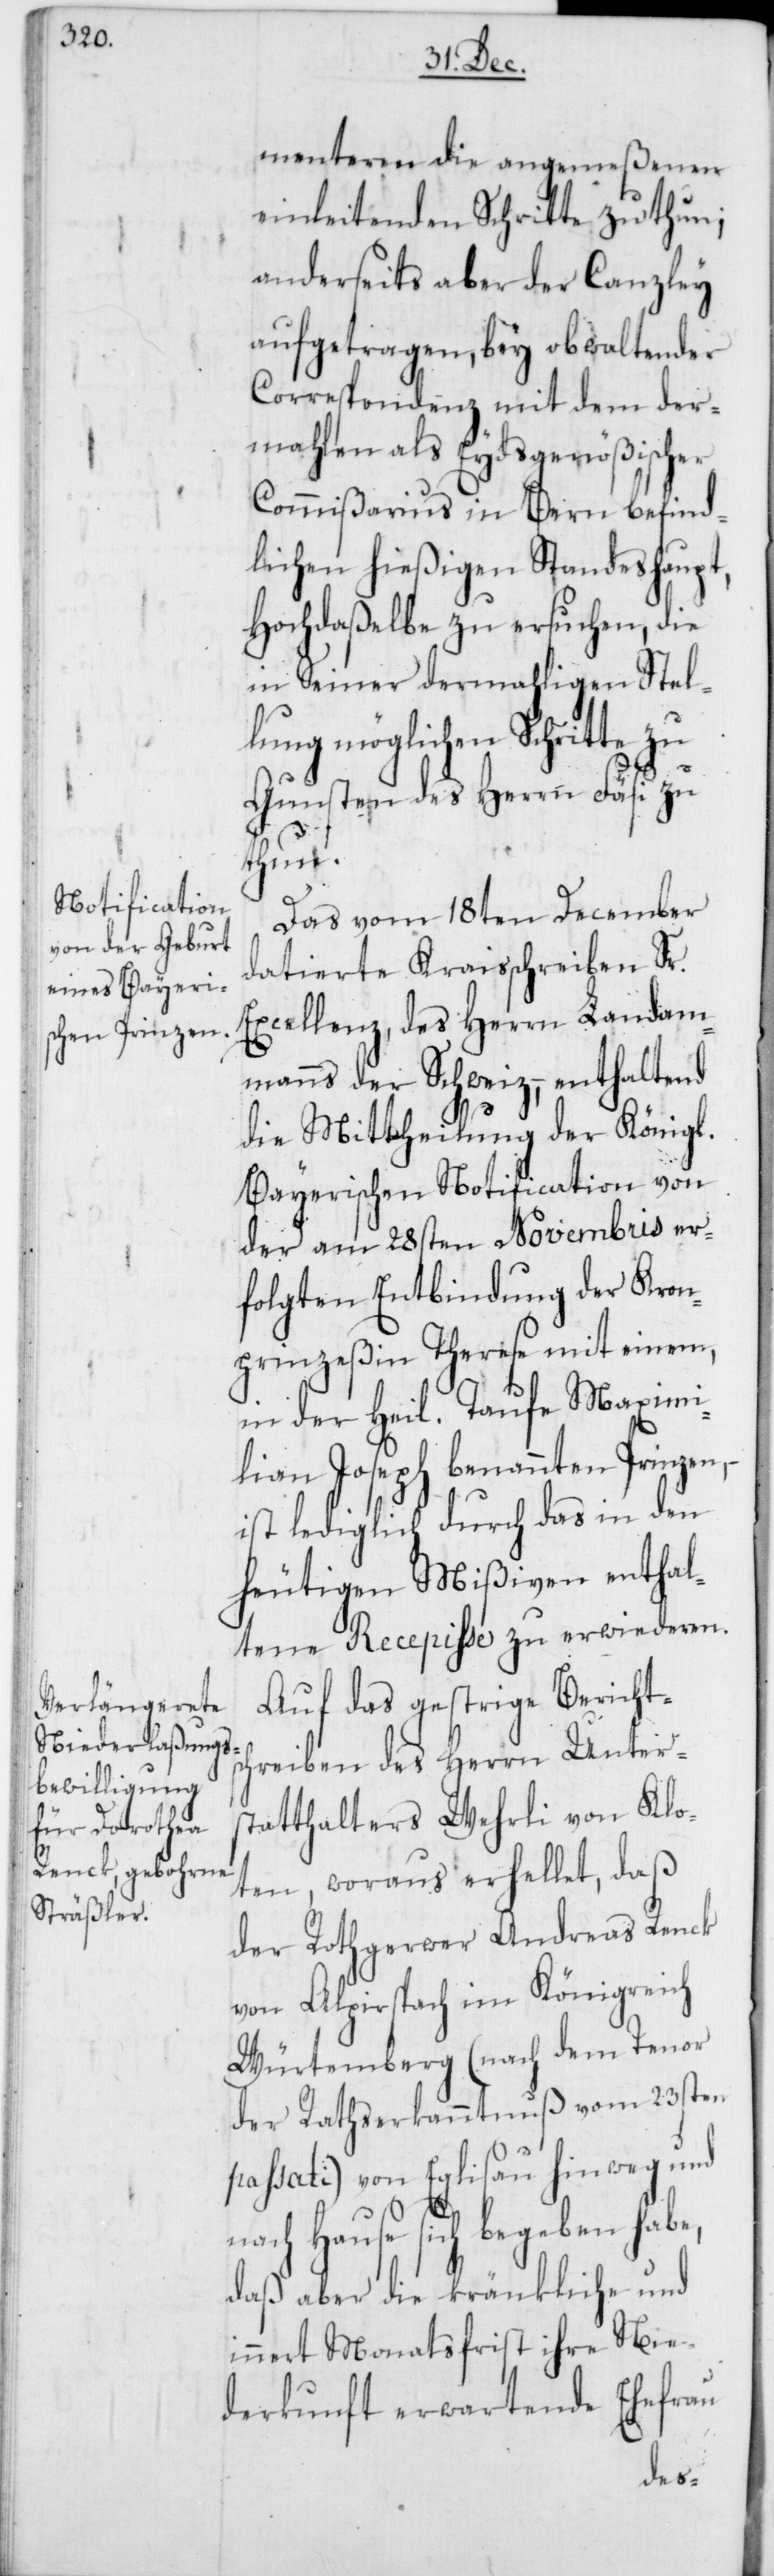
menteren die angemeßenen
einleitenden Schritte zu thun;
anderseits aber der Canzley
aufgetragen, bey obwaltender
Correspondenz mit dem der¬
mahlen als Eydsgenößischer
Commißarius in Bern befind¬
lichen hießigen Standeshaupt,
Hochdaßelbe zu ersuchen, die
in Seiner dermahligen Stel¬
lung möglichen Schritte
Gunsten des Herrn Fäsi zu
thun.
Das vom 18ten December
datierte Kraisschreiben Sr.
Excellenz, des Herrn Landam¬
manns der Schweiz, – enthaltend
die Mittheilung der Königl.
Bayerischen Notification von
der am 28sten Novembris er¬
folgten Entbindung der Kron¬
prinzeßin Therese mit einem,
in der heil. Taufe Maximi¬
lian Joseph benannten Prinzen,
ist lediglich durch das in den
heutigen Mißiven enthal¬
tene Recepiße zu erwideren.
Auf das gestrige Berichts¬
chreiben des Herrn Unter¬
statthalters Wehrli von Klo¬
ten, woraus erhellet, daß
der Rothgerwer Andreas Renck
von Alpirspach im Königreich
Würtemberg (nach dem Tenor
der Rathserkanntnuß vom 23sten
passati) von Eglisau hinweg und
nach Hause sich begeben
daß aber die kränkliche und
innert Monatsfrist ihre Nie¬
derkunft erwartende Ehefrau